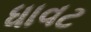
ધાવટ